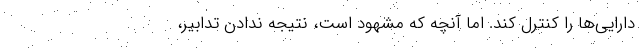
دارایی‌ها را کنترل کند. اما آنچه که مشهود است، نتیجه ندادن تدابیر،